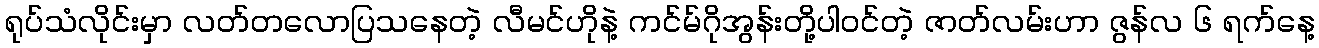
ရုပ်သံလိုင်းမှာ လတ်တလောပြသနေတဲ့ လီမင်ဟိုနဲ့ ကင်မ်ဂိုအွန်းတို့ပါဝင်တဲ့ ဇာတ်လမ်းဟာ ဇွန်လ ၆ ရက်နေ့